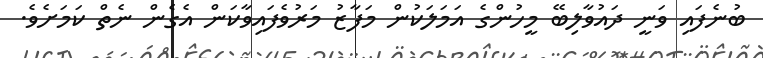
ބުނެފައި ވަނީ ދައުވާލިބޭ މީހުންގެ އަމަލަކުން މަފާޒު މަރުވެފައިވާކަން އެގެން ނެތް ކަމަށެވެ.